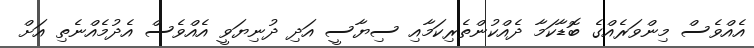
އެއްވެސް މިންވަރެއްގެ ބޮޑާކަމާ ދެއްކުންތެރިކަމާއި ސިޔާސީ އަދި ދުނިޔަވީ އެއްވެސް އެދުމެއްނެތި އަށް